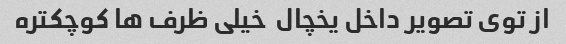
از توی تصویر داخل یخچال  خیلی ظرف ها کوچکتره